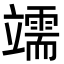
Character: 䇕